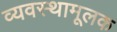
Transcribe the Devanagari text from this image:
व्यवस्थामूलक